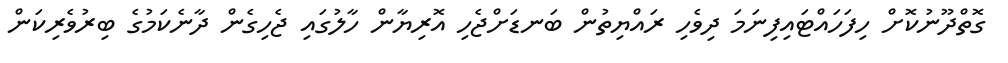
ގޮތްދޫނުކޮށް ހިފަހައްޓައިފިނަމަ ދިވެހި ރައްޔިތުން ބަނޑަށްޖެހި އޮރިޔާން ހާލުގައި ޖެހިގެން ދާނެކަމުގެ ބިރުވެރިކަން